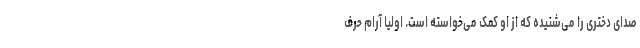
صدای دختری را می‌شنیده که از او کمک می‌خواسته است. اولیا آرام حرف